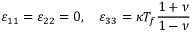
\varepsilon _ { 1 1 } = \varepsilon _ { 2 2 } = 0 , \quad \varepsilon _ { 3 3 } = \kappa T _ { f } \frac { 1 + \nu } { 1 - \nu }